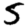
Digit: 5